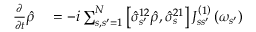
\begin{array} { r l } { \frac { \partial } { \partial t } \hat { \rho } } & { { } = - i \sum _ { s , s ^ { \prime } = 1 } ^ { N } \left[ \hat { \sigma } _ { s ^ { \prime } } ^ { 1 2 } \hat { \rho } , \hat { \sigma } _ { s } ^ { 2 1 } \right] J _ { s s ^ { \prime } } ^ { \left( 1 \right) } \left( \omega _ { s ^ { \prime } } \right) } \end{array}